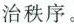
治秩序。